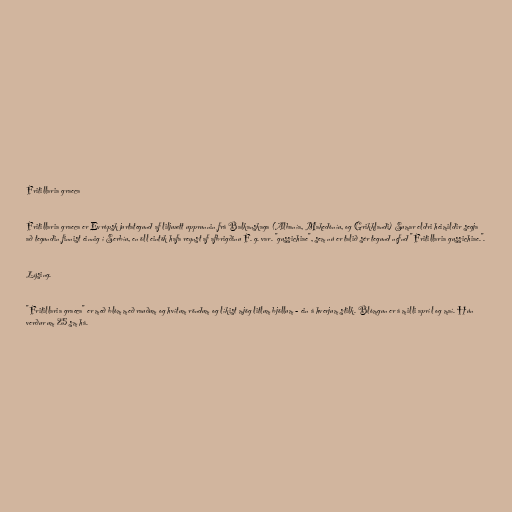
Fritillaria graeca

Fritillaria graeca er Evrópsk jurtategund af liljuætt upprunnin frá Balkanskaga (Albanía, Makedóníu, og Grikklandi) Sumar eldri heimildir segja
að tegundin finnist einnig í Serbíu, en öll eintök hafa reynst af afbrigðinu F. g. var. "gussichiae", sem nú er talið sér tegund nefnd "Fritillaria gussichiae.".

Lýsing.

"Fritillaria graeca" er með blóm með rauðum og hvítum röndum og líkist mjög litlum bjöllum - ein á hverjum stilk. Blómgun er á milli apríl og maí. Hún
verður um 25 sm há.